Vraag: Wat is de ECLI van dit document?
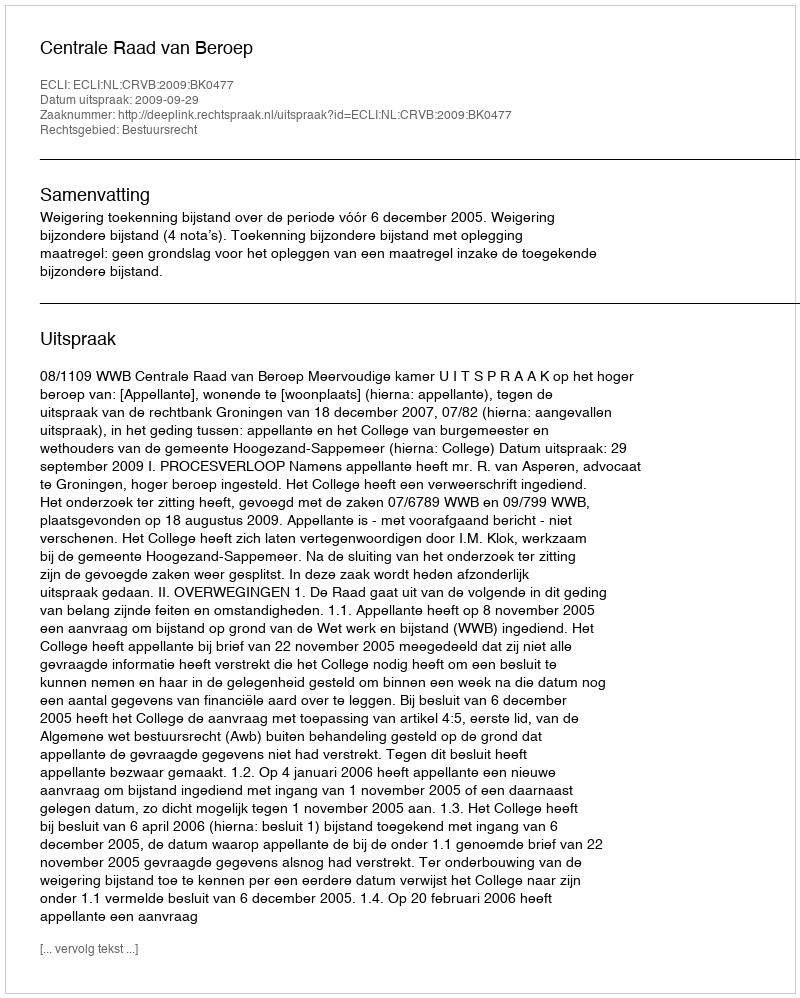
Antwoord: ECLI:NL:CRVB:2009:BK0477